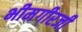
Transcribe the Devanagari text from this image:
भीमगीरजी